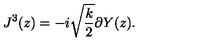
J ^ { 3 } ( z ) = - i \sqrt { \frac { k } { 2 } } \partial Y ( z ) .